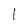
Character: l